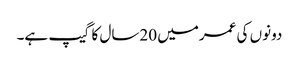
دونوں کی عمرمیں 20سال کا گیپ ہے۔